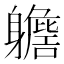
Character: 𨊗